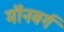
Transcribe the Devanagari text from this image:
मॉनबर्ग